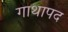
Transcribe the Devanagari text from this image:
गाथापद